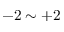
- 2 \sim + 2